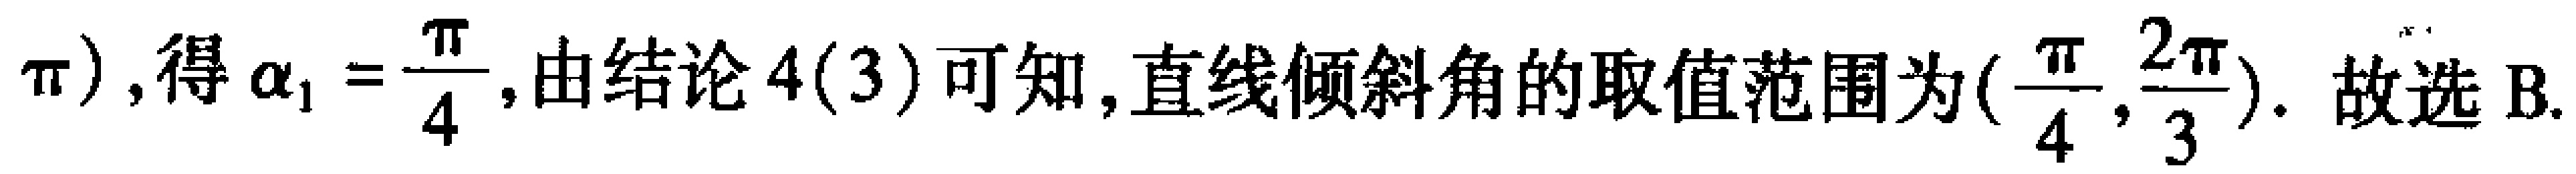
$\pi),得\alpha _{1}=\frac{\pi}{4},由结论4(3)可知,直线倾斜角的取值范围为(\frac{\pi}{4},\frac{2\pi}{3}).故选B.$